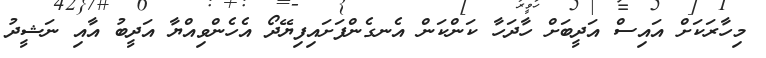
މިހާރަކަށް އައިސް އަދީބަށް ހާދަހާ ކަންކަން އެނގެންފަށައިފިޔޭދޯ އެހެންވިއްޔާ އަދީބު އާއި ނަޝީދު